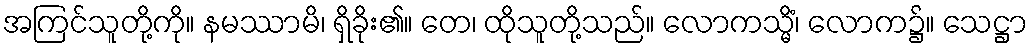
အကြင်သူတို့ကို။ နမဿာမိ၊ ရှိခိုး၏။ တေ၊ ထိုသူတို့သည်။ လောကသ္မိံ၊ လောက၌။ သေဋ္ဌာ